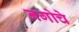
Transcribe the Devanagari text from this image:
नगोचे